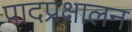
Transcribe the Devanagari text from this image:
पादप्रक्षालन